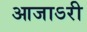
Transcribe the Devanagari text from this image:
आजाऽरी